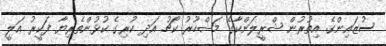
ސުޒައިންގެ އިތުރުން ޝްރީލަންކާގެ މަޝްހޫރު ކޯޗު އަދި ކުރިގެ ކުޅުންތެރިޔާ ފަކީރު ޢަލީ